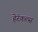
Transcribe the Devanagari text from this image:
हेरॅकल्स